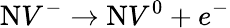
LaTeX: \mathrm{N}V^{-}\rightarrow\mathrm{N}V^{0}+e^{-}